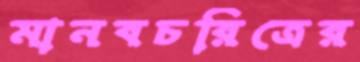
মানবচরিত্রের